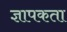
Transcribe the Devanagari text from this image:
ज्ञापकता